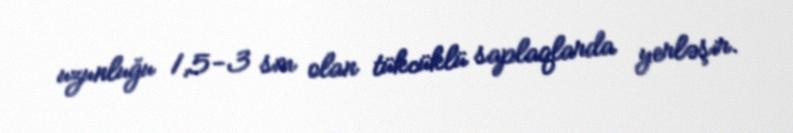
uzunluğu 1,5-3 sm olan tükcüklü saplaqlarda yerləşir.